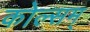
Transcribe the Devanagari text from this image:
कोल्सम्‌